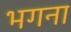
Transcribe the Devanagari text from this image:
भगना